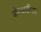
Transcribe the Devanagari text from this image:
बोम्बार्डीअर